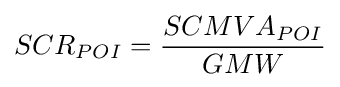
SCR_{POI}={\frac {SCMVA_{POI}}{GMW}}